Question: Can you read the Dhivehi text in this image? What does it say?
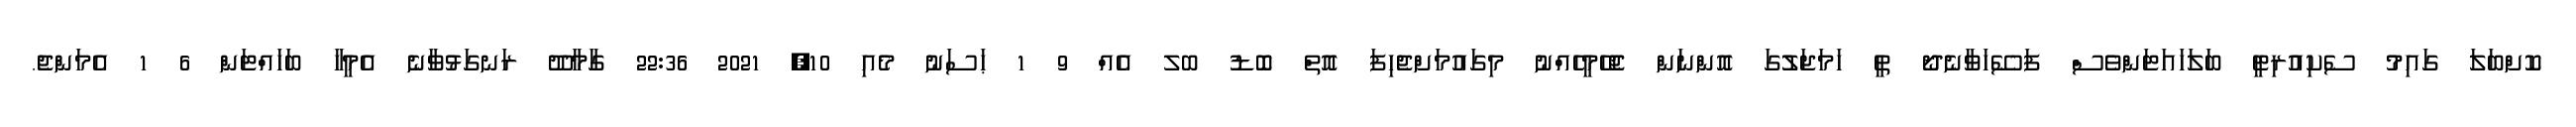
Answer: ކޮށްބަލަ ގައިމު ސެކިއުރިޓީ ބަލަހައަޓަންވެސް ފަސޭހަވާނެދޯ ތީ ހަމަޖަލުގަ އޮންނަން ޖެހޭމީހެއްނު މިގައުމަށްޖެހިފަ އޮތް ބޮޑު ބލ އެއް 9 1 ޙަސަނު މެއި 10, 2021 22:36 ގާމާދޫ ރަނގަޅުވާނެ އެމީހާ ބަހައްޓަން 6 1 އެމަންޖެ.